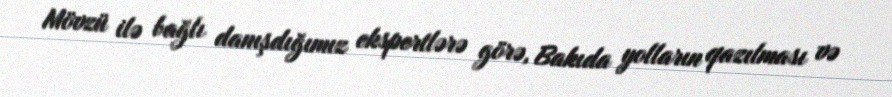
Mövzü ilə bağlı danışdığımız ekspertlərə görə, Bakıda yolların qazılması və